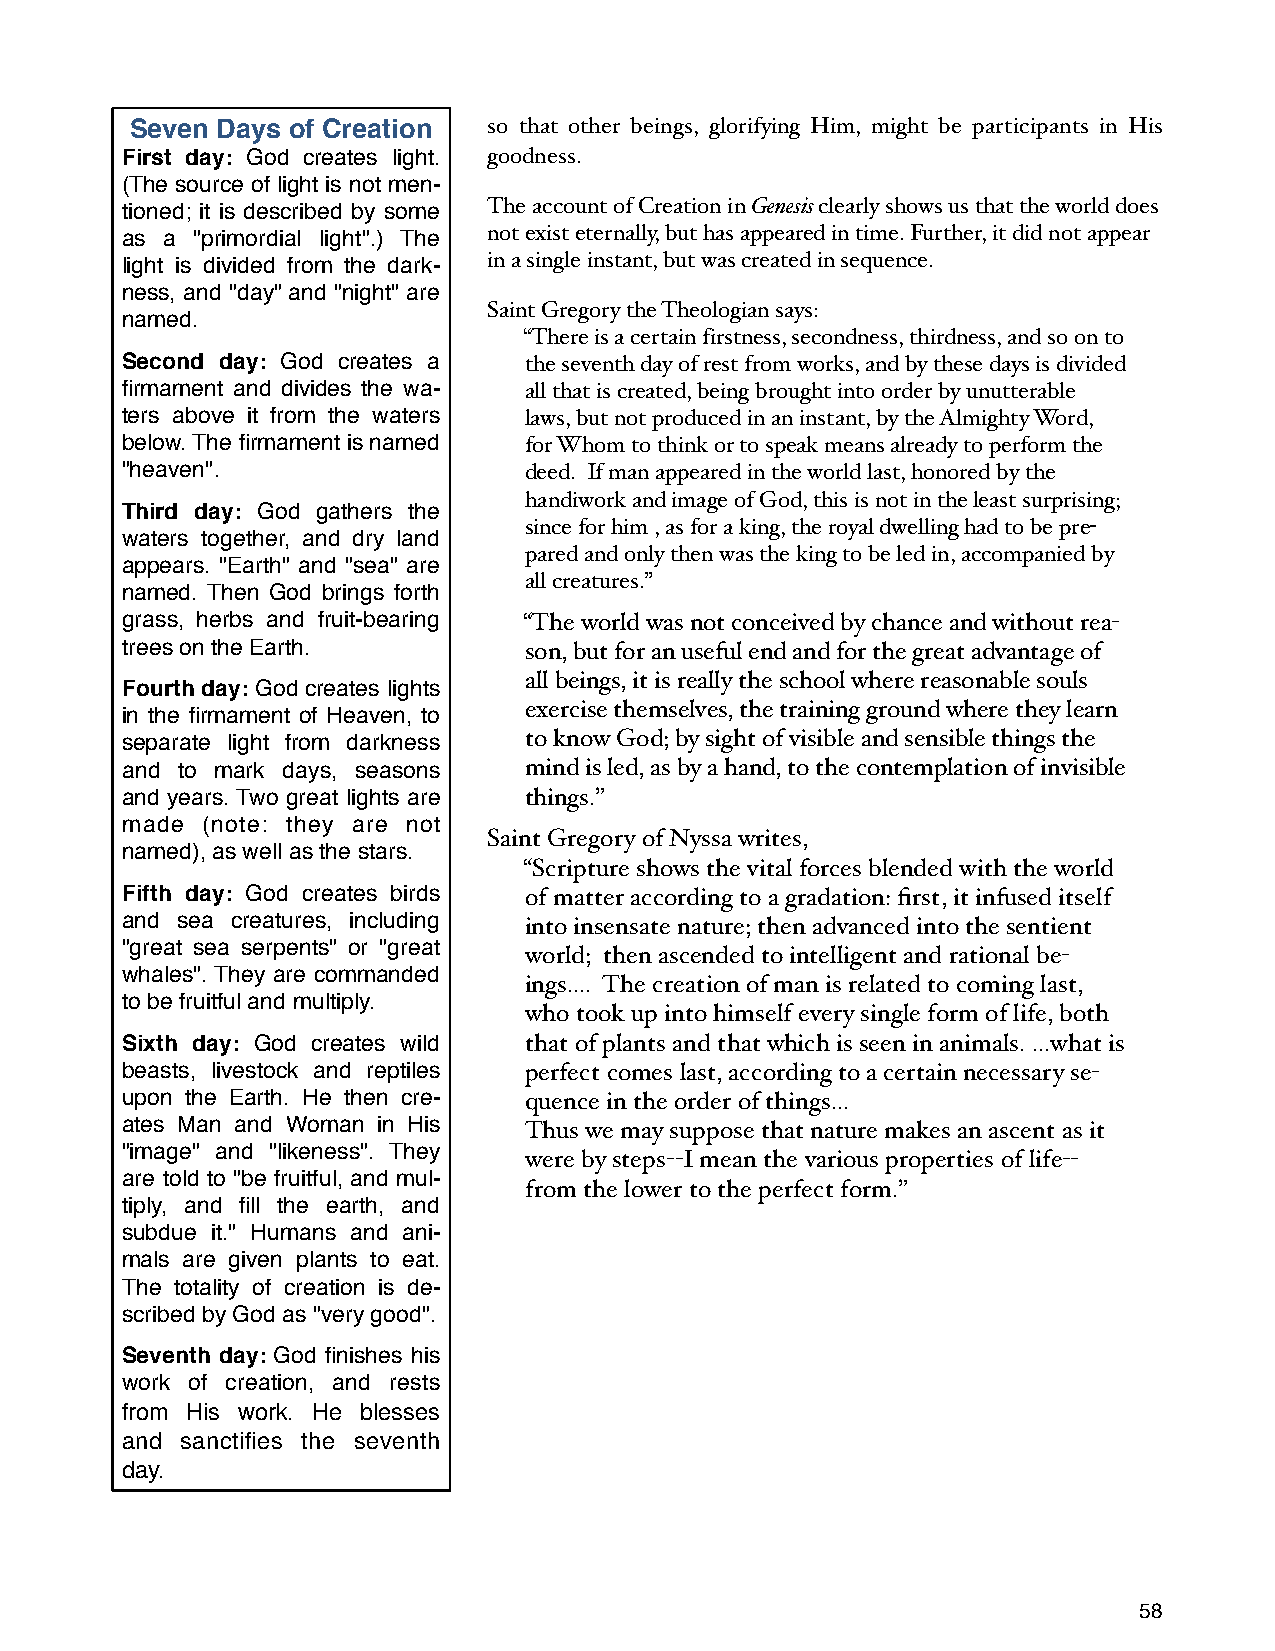
Seven Days of Creation so that other beings, glorifying Him, might be participants in His
 First day: God creates light. goodness.
 (The source of light is not men-
 tioned; it is described by some The account of Creation in Genesis clearly shows us that the world does
 as a "primordial light".) The not exist eternally, but has appeared in time. Further, it did not appear
 light is divided from the dark- in a single instant, but was created in sequence.
 ness, and "day" and "night" are
 Saint Gregory the Theologian says:
 named.
 “There is a certain firstness, secondness, thirdness, and so on to
 Second day: God creates a  the seventh day of rest from works, and by these days is divided
 firmament and divides the wa- all that is created, being brought into order by unutterable
 ters above it from the waters laws, but not produced in an instant, by the Almighty Word,
 below. The firmament is named for Whom to think or to speak means already to perform the
 "heaven".                  deed. If man appeared in the world last, honored by the
 handiwork and image of God, this is not in the least surprising;
 Third day: God gathers the
 since for him , as for a king, the royal dwelling had to be pre-
 waters together, and dry land
 pared and only then was the king to be led in, accompanied by
 appears. "Earth" and "sea" are
 all creatures.”
 named. Then God brings forth
 grass, herbs and fruit-bearing “The world was not conceived by chance and without rea-
 trees on the Earth.        son, but for an useful end and for the great advantage of
 all beings, it is really the school where reasonable souls
 Fourth day: God creates lights
 exercise themselves, the training ground where they learn
 in the firmament of Heaven, to
 separate light from darkness to know God; by sight of visible and sensible things the
 and to mark days, seasons  mind is led, as by a hand, to the contemplation of invisible
 and years. Two great lights are things.”
 made (note: they are not
 Saint Gregory of Nyssa writes,
 named), as well as the stars.
 “Scripture shows the vital forces blended with the world
 Fifth day: God creates birds of matter according to a gradation: first, it infused itself
 and sea creatures, including into insensate nature; then advanced into the sentient
 "great sea serpents" or "great
 world; then ascended to intelligent and rational be-
 whales". They are commanded
 ings.... The creation of man is related to coming last,
 to be fruitful and multiply.
 who took up into himself every single form of life, both
 Sixth day: God creates wild that of plants and that which is seen in animals. ...what is
 beasts, livestock and reptiles perfect comes last, according to a certain necessary se-
 upon the Earth. He then cre- quence in the order of things...
 ates Man and Woman in His  Thus we may suppose that nature makes an ascent as it
 "image" and "likeness". They
 were by steps--I mean the various properties of life--
 are told to "be fruitful, and mul-
 from the lower to the perfect form.”
 tiply, and fill the earth, and
 subdue it." Humans and ani-
 mals are given plants to eat.
 The totality of creation is de-
 scribed by God as "very good".
 Seventh day: God finishes his
 work of creation, and rests
 from His work. He blesses
 and sanctifies the seventh
 day.
 58